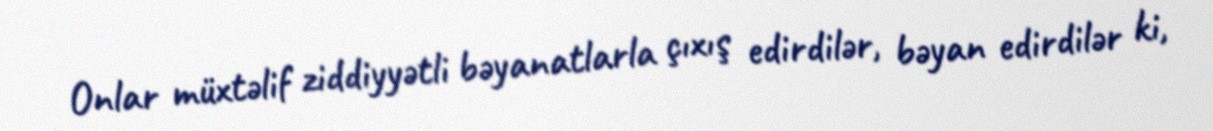
Onlar müxtəlif ziddiyyətli bəyanatlarla çıxış edirdilər, bəyan edirdilər ki,